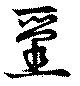
畺